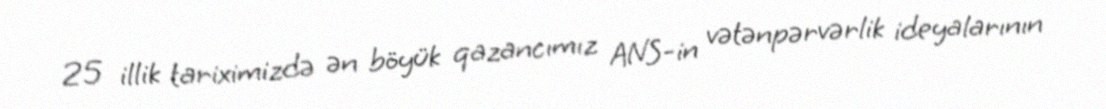
25 illik tariximizdə ən böyük qazancımız ANS-in vətənpərvərlik ideyalarının